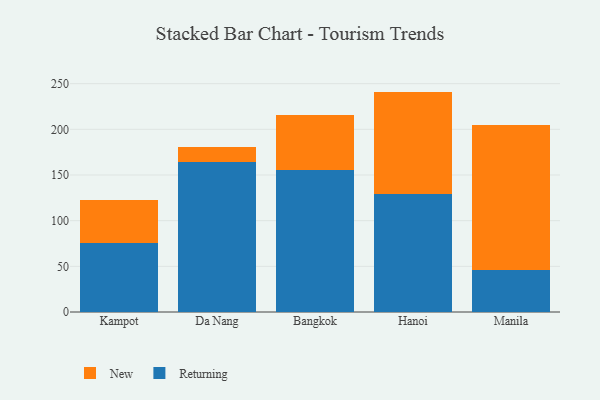
{"axis": {"x": "City", "y": "Bounce Rate (%)"}, "legend": ["New", "Returning"], "data": [{"x": "Kampot", "y": 76.0, "type": "Returning"}, {"x": "Kampot", "y": 46.5, "type": "New"}, {"x": "Da Nang", "y": 163.8, "type": "Returning"}, {"x": "Da Nang", "y": 17.0, "type": "New"}, {"x": "Bangkok", "y": 156.0, "type": "Returning"}, {"x": "Bangkok", "y": 60.1, "type": "New"}, {"x": "Hanoi", "y": 129.5, "type": "Returning"}, {"x": "Hanoi", "y": 111.8, "type": "New"}, {"x": "Manila", "y": 45.5, "type": "Returning"}, {"x": "Manila", "y": 159.2, "type": "New"}]}